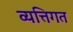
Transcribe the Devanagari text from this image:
व्यत्तिगत